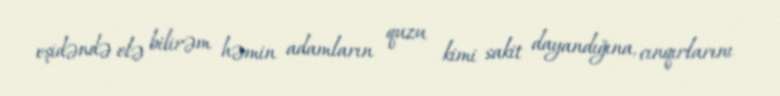
eşidəndə elə bilirəm həmin adamların quzu kimi sakit dayandığına, cınqırlarını